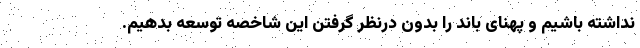
نداشته باشیم و پهنای باند را بدون درنظر گرفتن این شاخصه توسعه بدهیم.